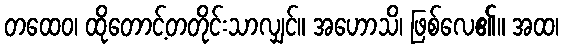
တထေဝ၊ ထိုတောင့်တတိုင်းသာလျှင်။ အဟောသိ၊ ဖြစ်လေ၏။ အထ၊